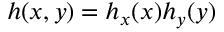
h ( x , y ) = h _ { x } ( x ) h _ { y } ( y )